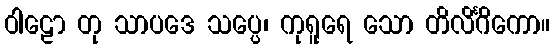
ဝါဠော တု သာပဒေ သပ္ပေ၊ ကုရူရေ သော တိလိင်္ဂိကော။